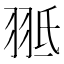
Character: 𦐠